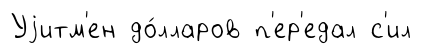
Уjитм'ен до́лларов п'ер'едал с'ил